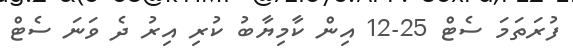
ފުރަތަމަ ސެޓް 25-12 އިން ކާމިޔާބު ކުރި އިރު ދެ ވަނަ ސެޓް